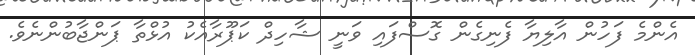
އެންމެ ފަހުން އާލިޔާ ފެނިގެން ގޮސްފައި ވަނީ ޝާހިދް ކަޕޫރާއެކު އުޅްތާ ޕަންޖާބުންނެވެ.